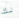
لك